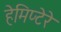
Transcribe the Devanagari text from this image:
हेमिप्टेरे